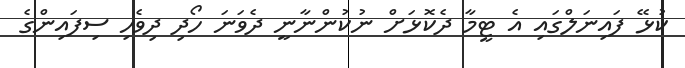
ކުޅޭ ފައިނަލްގައި އެ ޓީމާ ދެކޮޅަށް ނުކުންނާނީ ދެވަނަ ހޯދި ދިވެހި ސިފައިންގެ